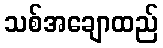
သစ်အချောထည်